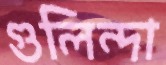
গুলিন্দা